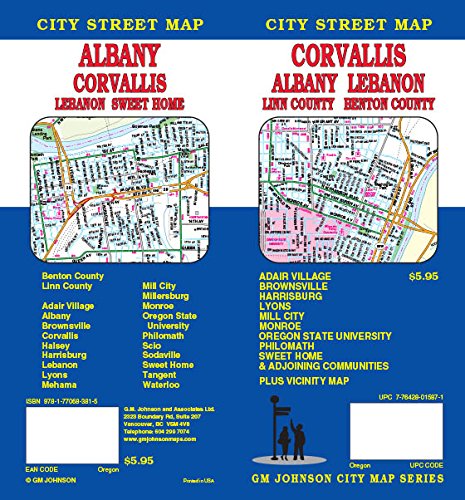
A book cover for Corvallis / Albany / Lebanon OR Street Map; GM Johnson; Travel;